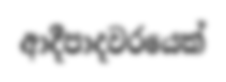
ආදීපාදවරයෙක්